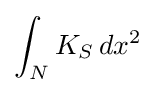
\int _{N}K_{S}\,dx^{2}